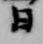
日